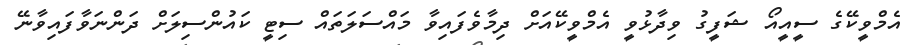
އެމްވީކޭގެ ސީއީއޯ ޝަފީގު ވިދާޅުވީ އެމްވީކޭއަށް ދިމާވެފައިވާ މައްސަލަތައް ސިޓީ ކައުންސިލަށް ދަންނަވާފައިވާނޭ